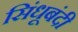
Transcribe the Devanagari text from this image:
सिंधूबंदी